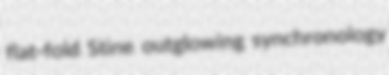
flat-fold Stine outglowing synchronology